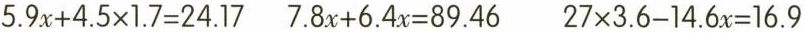
$$5.9x+4.5\times 1.7=24.17$$ $$7.8x+6.4x=89.46$$ $$27\times 3.6-14.6x=16.9$$